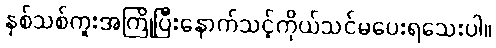
နှစ်သစ်ကူးအကြိုပြီးနောက်သင့်ကိုယ်သင်မပေးရသေးပါ။